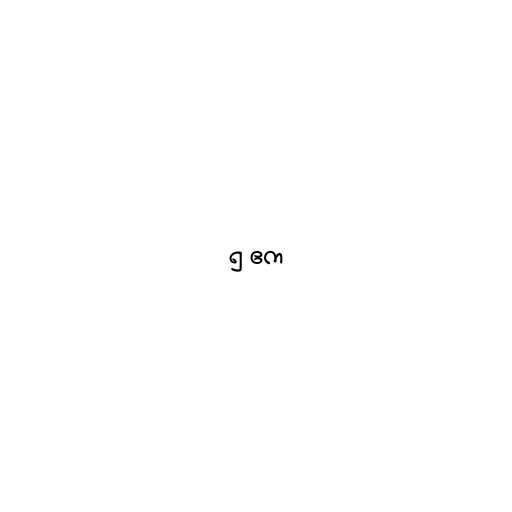
၅ ဧက